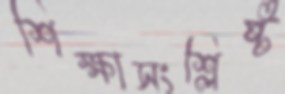
শিক্ষাসংশ্লিষ্ট